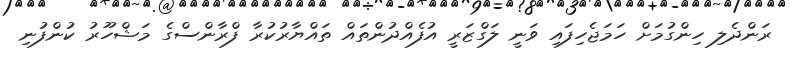
ރަންދެލި ހިންގުމަށް ހަމަޖެހިފައި ވަނީ ލަގްޒަރީ އުފެއްދުންތައް ތައްޔާރުކުރާ ފްރާންސްގެ މަޝްހޫރު ކުންފުނި